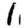
Digit: 1